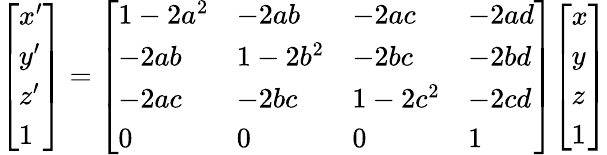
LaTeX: {\left[\begin{array}{l}{x^{\prime}}\\ {y^{\prime}}\\ {z^{\prime}}\\ {1}\end{array}\right]}={\left[\begin{array}{llll}{1-2a^{2}}&{-2ab}&{-2ac}&{-2ad}\\ {-2ab}&{1-2b^{2}}&{-2bc}&{-2bd}\\ {-2ac}&{-2bc}&{1-2c^{2}}&{-2cd}\\ {0}&{0}&{0}&{1}\end{array}\right]}{\left[\begin{array}{l}{x}\\ {y}\\ {z}\\ {1}\end{array}\right]}